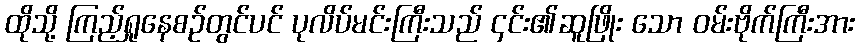
ထိုသို့ ကြည့်ရှုနေစဉ်တွင်ပင် ပုလိပ်မင်းကြီးသည် ၄င်း၏ဆူဖြိုး သော ဝမ်းဗိုက်ကြီးအား